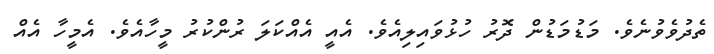
ތެދުވެވުނެވެ. މަޑުމަޑުން ދޮރު ހުޅުވައިލިއެވެ. އެއީ އެއްކަލަ ރުންކުރު މީހާއެވެ. އެމީހާ އެއް